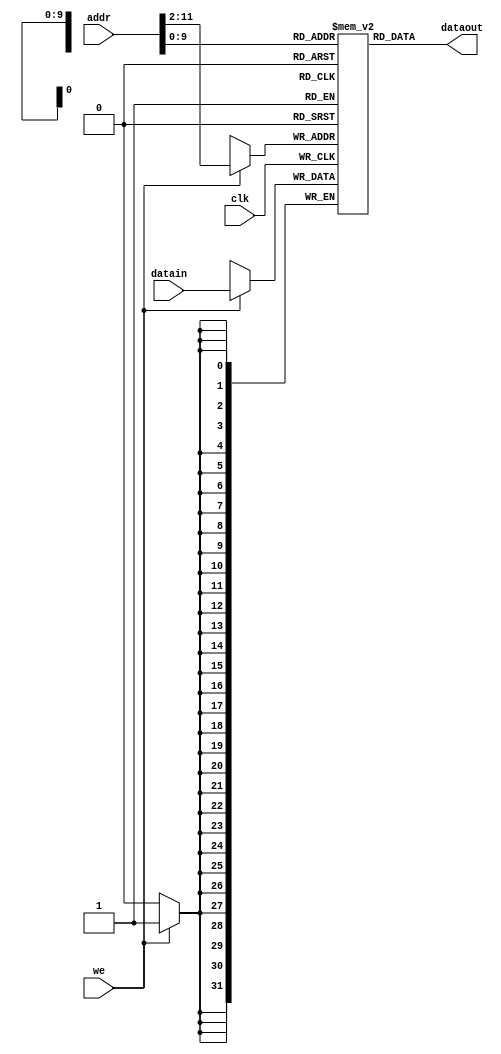
module pipemem( we,addr,datain,clk,dataout);//clk, addr, data_write, DMWr, data_out ); 
   
   input  [31:0] addr,datain;
   input         we;
   input         clk;
   output [31:0] dataout; 
     
   wire [11:2] address;
   reg [31:0] data_mem[1023:0]; 
   
   integer i;
   initial begin //initialize with 0
       for (i=0; i<1024; i=i+1)
          data_mem[i] = 0;
   end
   
   assign address=addr[11:2];

   always @(posedge clk) begin
      if (we) begin
        data_mem[address] <= datain;
      end   
   end 
   
   assign dataout = data_mem[addr]; // load word
endmodule